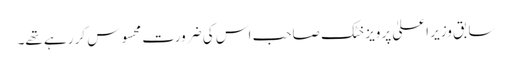
سابق وزیر اعلیٰ پرویز خٹک صاحب اس کی ضرورت محسوس کر رہے تھے۔